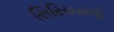
સિરિયસલી